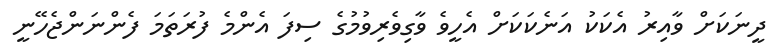
ދީނަކަށް ވާއިރު އެކަކު އަނެކަކަށް އެހީވެ ވާގިވެރިވުމުގެ ސިފަ އެންމެ ފުރަތަމަ ފެންނަންޖެހޭނީ